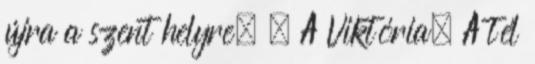
újra a szent helyre. 😊 A Viktória, A tél